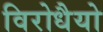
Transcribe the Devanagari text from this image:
विरोधैयो